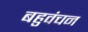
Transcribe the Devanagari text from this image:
बहुवंचन